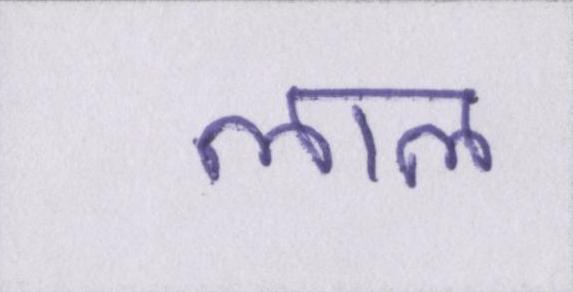
लाल